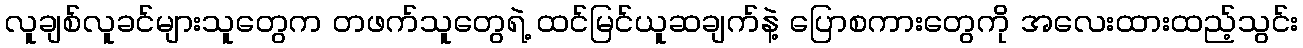
လူချစ်လူခင်များသူတွေက တဖက်သူတွေရဲ့ ထင်မြင်ယူဆချက်နဲ့ ပြောစကားတွေကို အလေးထားထည့်သွင်း